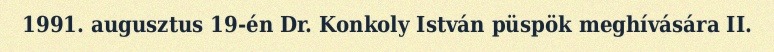
1991. augusztus 19-én Dr. Konkoly István püspök meghívására II.